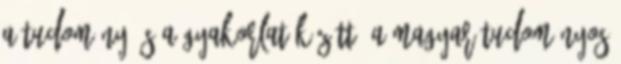
a tudomány és a gyakorlat között” a Magyar Tudományos